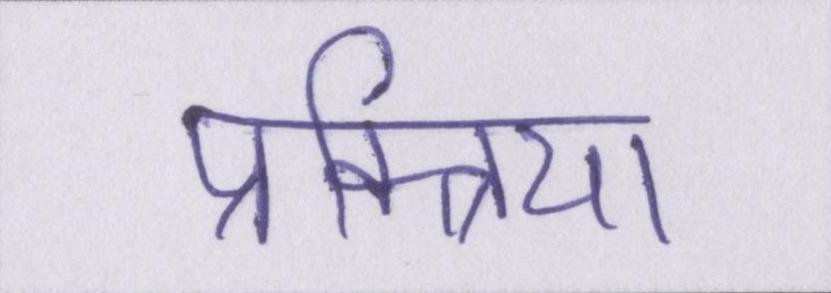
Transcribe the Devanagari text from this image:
प्रक्त्रिया